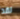
لقد